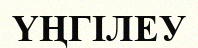
ҮҢГІЛЕУ